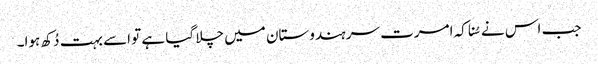
جب اس نے سُنا کہ امرت سر ہندوستان میں چلا گیا ہے تو اسے بہت دُکھ ہوا۔